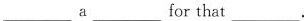
________a____forthat_____.